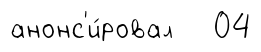
анонс'и́ровал 04